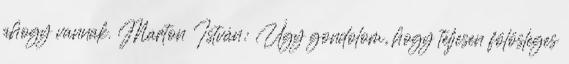
ahogy vannak. Marton István: Úgy gondolom, hogy teljesen fölösleges